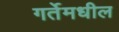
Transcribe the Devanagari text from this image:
गर्तेमधील